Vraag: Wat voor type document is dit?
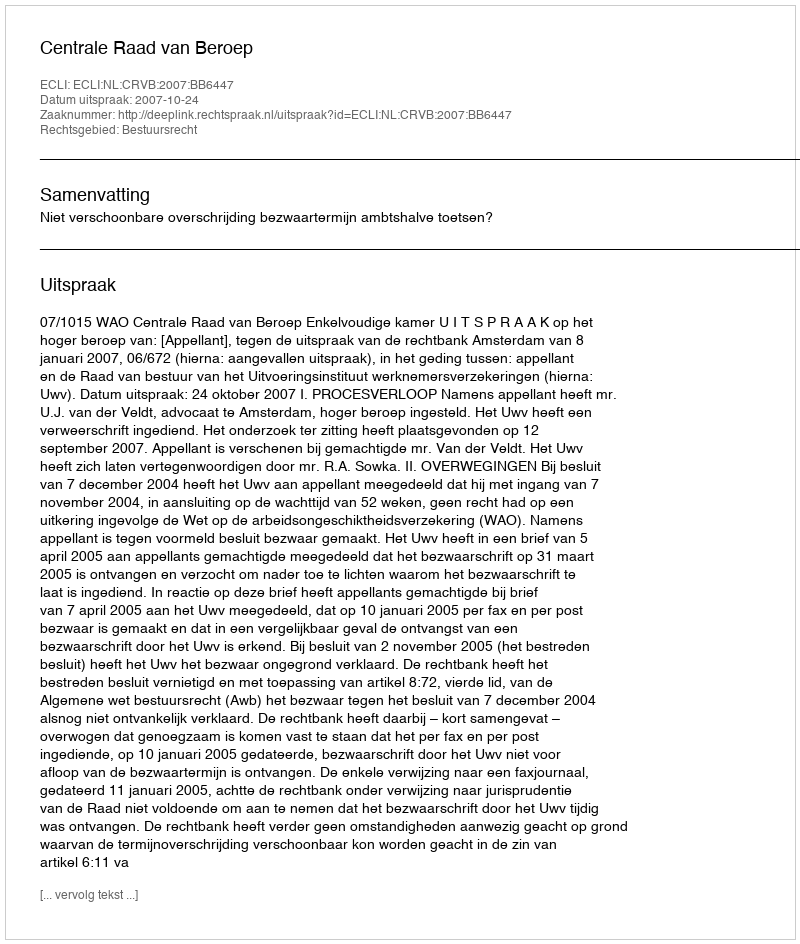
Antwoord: Uitspraak